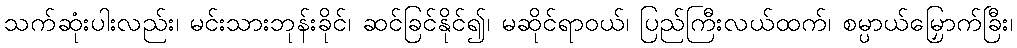
သက်ဆုံးပါးလည်း၊ မင်းသားဘုန်းခိုင်၊ ဆင်ခြင်နိုင်၍၊ မဆိုင်ရာဝယ်၊ ပြည်ကြီးလယ်ထက်၊ စမ္ပာယ်မြှောက်ခြီး၊